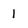
Character: 1